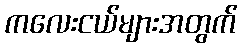
ကလေးငယ်များအတွက်